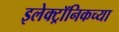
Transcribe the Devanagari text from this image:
इलेक्ट्रॉनिकच्या